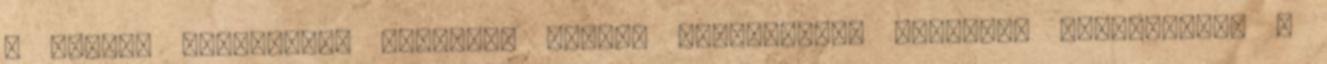
a helyes megfejtést beküldők között ajándékokat akartunk kisorsolni. A